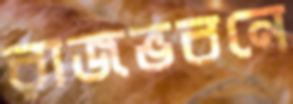
রাজভবনে